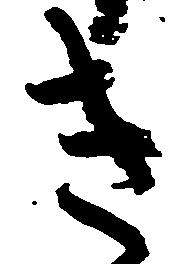
き